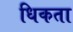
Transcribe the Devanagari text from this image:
धिकता